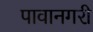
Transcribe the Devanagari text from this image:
पावानगरी